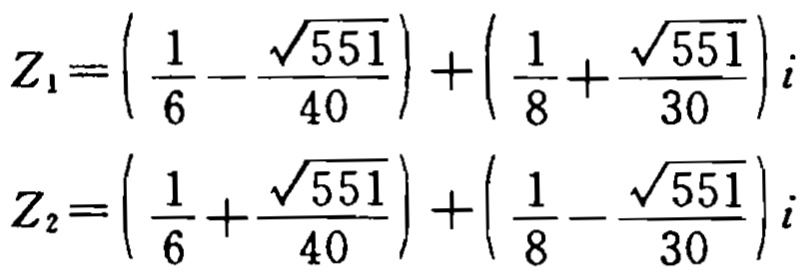
\[
Z_{1}=\left(\frac{1}{6}-\frac{\sqrt{551}}{40}\right)+\left(\frac{1}{8}+\frac{\sqrt{551}}{30}\right)i
\]
\[
Z_{2}=\left(\frac{1}{6}+\frac{\sqrt{551}}{40}\right)+\left(\frac{1}{8}-\frac{\sqrt{551}}{30}\right)i
\]